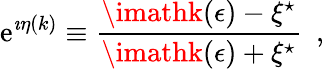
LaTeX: \mathrm{e}^{\imath\eta(k)}\equiv{\frac{{\imathk(\epsilon)-\xi^{\star}}}{{\imathk(\epsilon)+\xi^{\star}}}}~~,